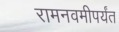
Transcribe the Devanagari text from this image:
रामनवमीपर्यंत